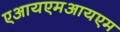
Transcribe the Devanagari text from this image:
एआयएमआयएम